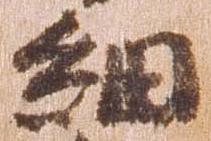
細